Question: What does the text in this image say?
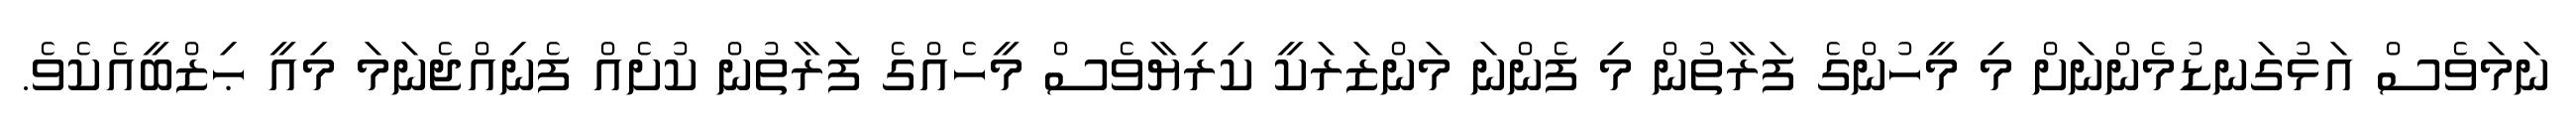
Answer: ނަމަވެސް އަޅުގަނޑުމެންނަށް މި މީހުންގެ ފަރާތުން މި ފެންނަ މަންޒަރަކީ ކިރިޔާވެސް މީހެއްގެ ފަރާތުން ކުށެއް ފެނިއްޖެނަމަ މިއީ ޙިޒްބީއެކެވެ.